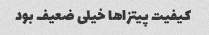
کیفیت پیتزاها خیلی ضعیف بود